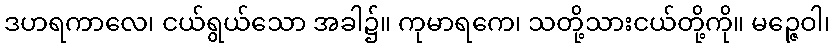
ဒဟရကာလေ၊ ငယ်ရွယ်သော အခါ၌။ ကုမာရကေ၊ သတို့သားငယ်တို့ကို။ မဉ္ဇေဝါ၊